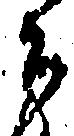
郎